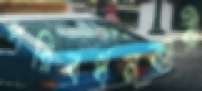
পরিবর্ধনকারী